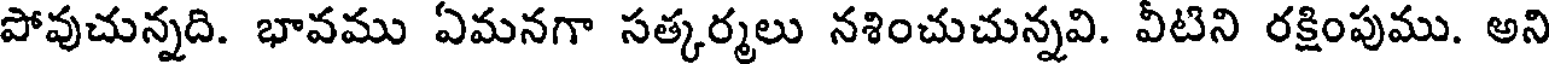
పోవుచున్నది. భావము ఏమనగా సత్కర్మలు నశించుచున్నవి. వీటిని రక్షింపుము. అని